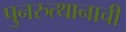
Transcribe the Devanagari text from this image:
पुनरुत्थानाची